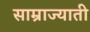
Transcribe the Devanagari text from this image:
साम्राज्याती